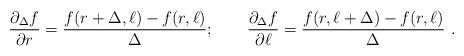
LaTeX: \begin{align*}\frac{\partial_{\Delta} f}{\partial r} = \frac{f(r+\Delta, \ell)-f(r,\ell)}{\Delta};\qquad \frac{\partial_{\Delta} f}{\partial \ell} = \frac{f(r,\ell+\Delta)-f(r,\ell)}{\Delta}\ .\end{align*}